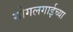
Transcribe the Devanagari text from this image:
गोगलगाईच्या